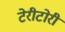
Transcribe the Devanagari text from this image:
टेरीटोरी